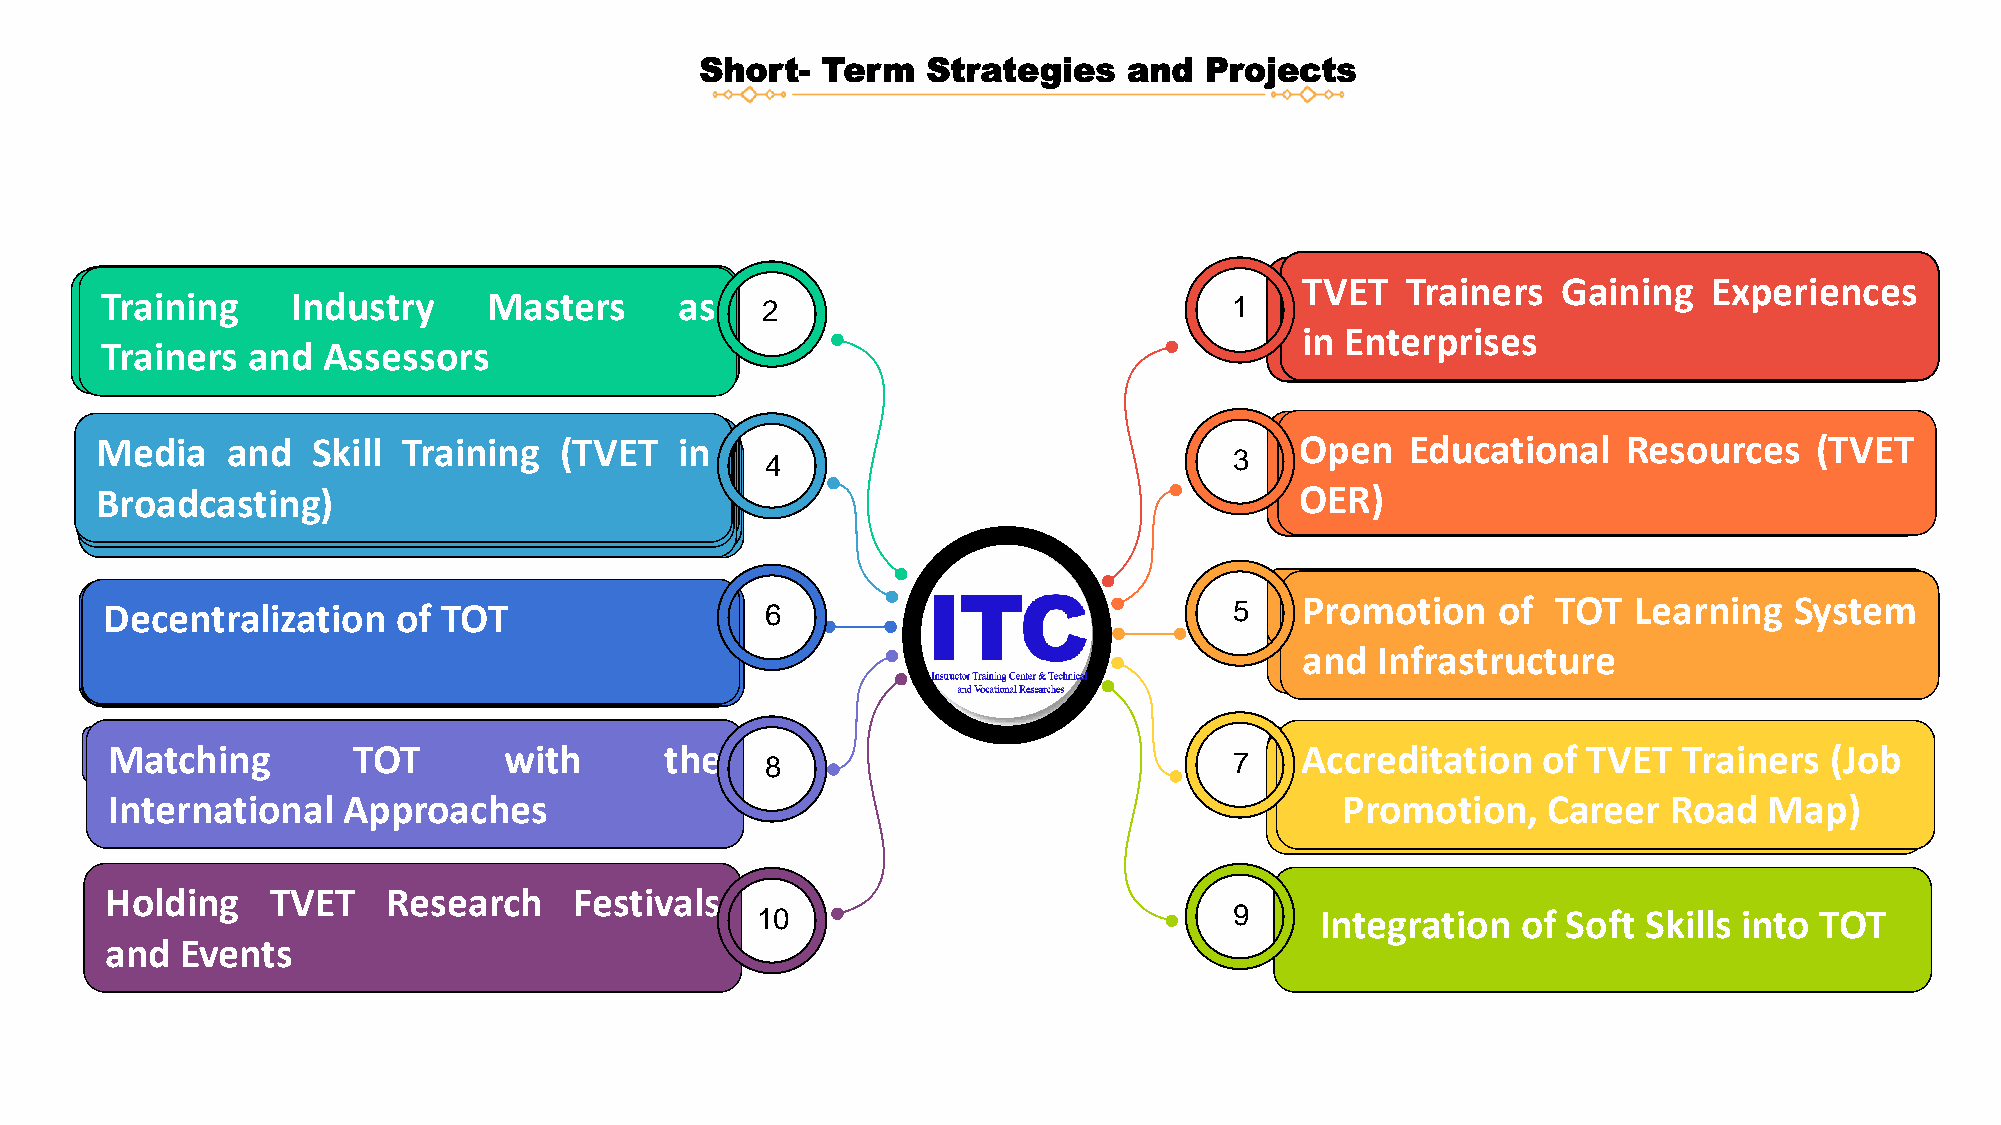
Short-  Term   Strategies    and  Projects
 TVTEVTTErTaineTrsrGaaiinninegrEsxpeGrieanciensiinnEgnteErpxrispeseriences
 TTTTTrrarrraaaiainiinnniiiniinnnnggggiIInnIInnnddgdduuuussssttrttryrryyyMMIMMnaaaassdssttetteueerrsrrssssaataassrssTyTTTrrarraaaiiniinnneeeerrMsrrsssaaaanannnddsddAAtAAsesssssssreeeesssssssssoooorrsrrsssas
 2                               1
 in Enterprises
 Trainers and  Assessors
 MM MM MM M Me ee ee e ed dde dd d di ii iiai aa id aa a aa aa aai a an nn nan n nd dd dd d dS SS SS S Sak kk kk k ki iin iili ll illll ll lll l lTd TT TT T Tr rr rr ra raa aa a ai ii iinS i nn inn n ni ii iink i nn inn n ng gg ggi g gl( (( ((l (T (TT TT T TV VV VV V VTE EE EE E ETr TT TT T Tai ii iini nn inn ni nnB BB BB B Br rr rri ro roo oon o oa aa aa a ad dgd dd d dc cc cc c ca aa aa a as s(s ss s st tTt tt ti tii iini nn inn nV ng gg gg g g) )) ))E ) ) T in 4 3 OOOppeepnneEEddnuuccEaattdiioonnuaacllRRaeetssiooouunrrccaeessl((TTRVVeEETTsOOoEEuRRr))ces (TVET
 Broadcasting)                                                                   OER)
 MMMMDMaaaaaennnnnaaaacagggggeeeeeemmmmnmeeeeetnnnnnrtttttaooooofffflfDiDDDDzeeeeeaccccceeeetennnnMnittttortrrraraaaaanlnllliliiiazizzzzgeeeeeodeddddmfTTTTTerrrrraTnaaaaiiiitnOinnnniiiininnnnoTgggggfoooooffffDfTTTTTeVVVVcVEEEEeETnTTTTtTTrTTTarrrrralaaaaiiziiininnneneeeederrrrrsssss 6 5
 PPr Proom rmooottmiioonnoootffionTTVVoEETTf TT Trraa Oiinnee Trrss L’’ eLLee aaa rrrnn niinn igg ngSSyy Ssstt yeemm steaann mdd
 IInnffrraessttrruuccttuurree
 Training ofTVET rainers
 and  Infrastructure
 Matching        TOT       with       the                                       Accreditation   of TVET  Trainers  (Job
 اه شزومآ یزاس ماگمه          8                              7          ))......ییددننبب ه هببتترر(( ننااییببررمم تتییببررتت وو ششززووممآآ ههبب ییششخخببررااببتتععاا
 International   Approaches                                                        Promotion,   Career   Road  Map)
 Holding    TVET    Research    Festivals
 10                              9    Integration   of Soft Skills into TOT
 and  Events